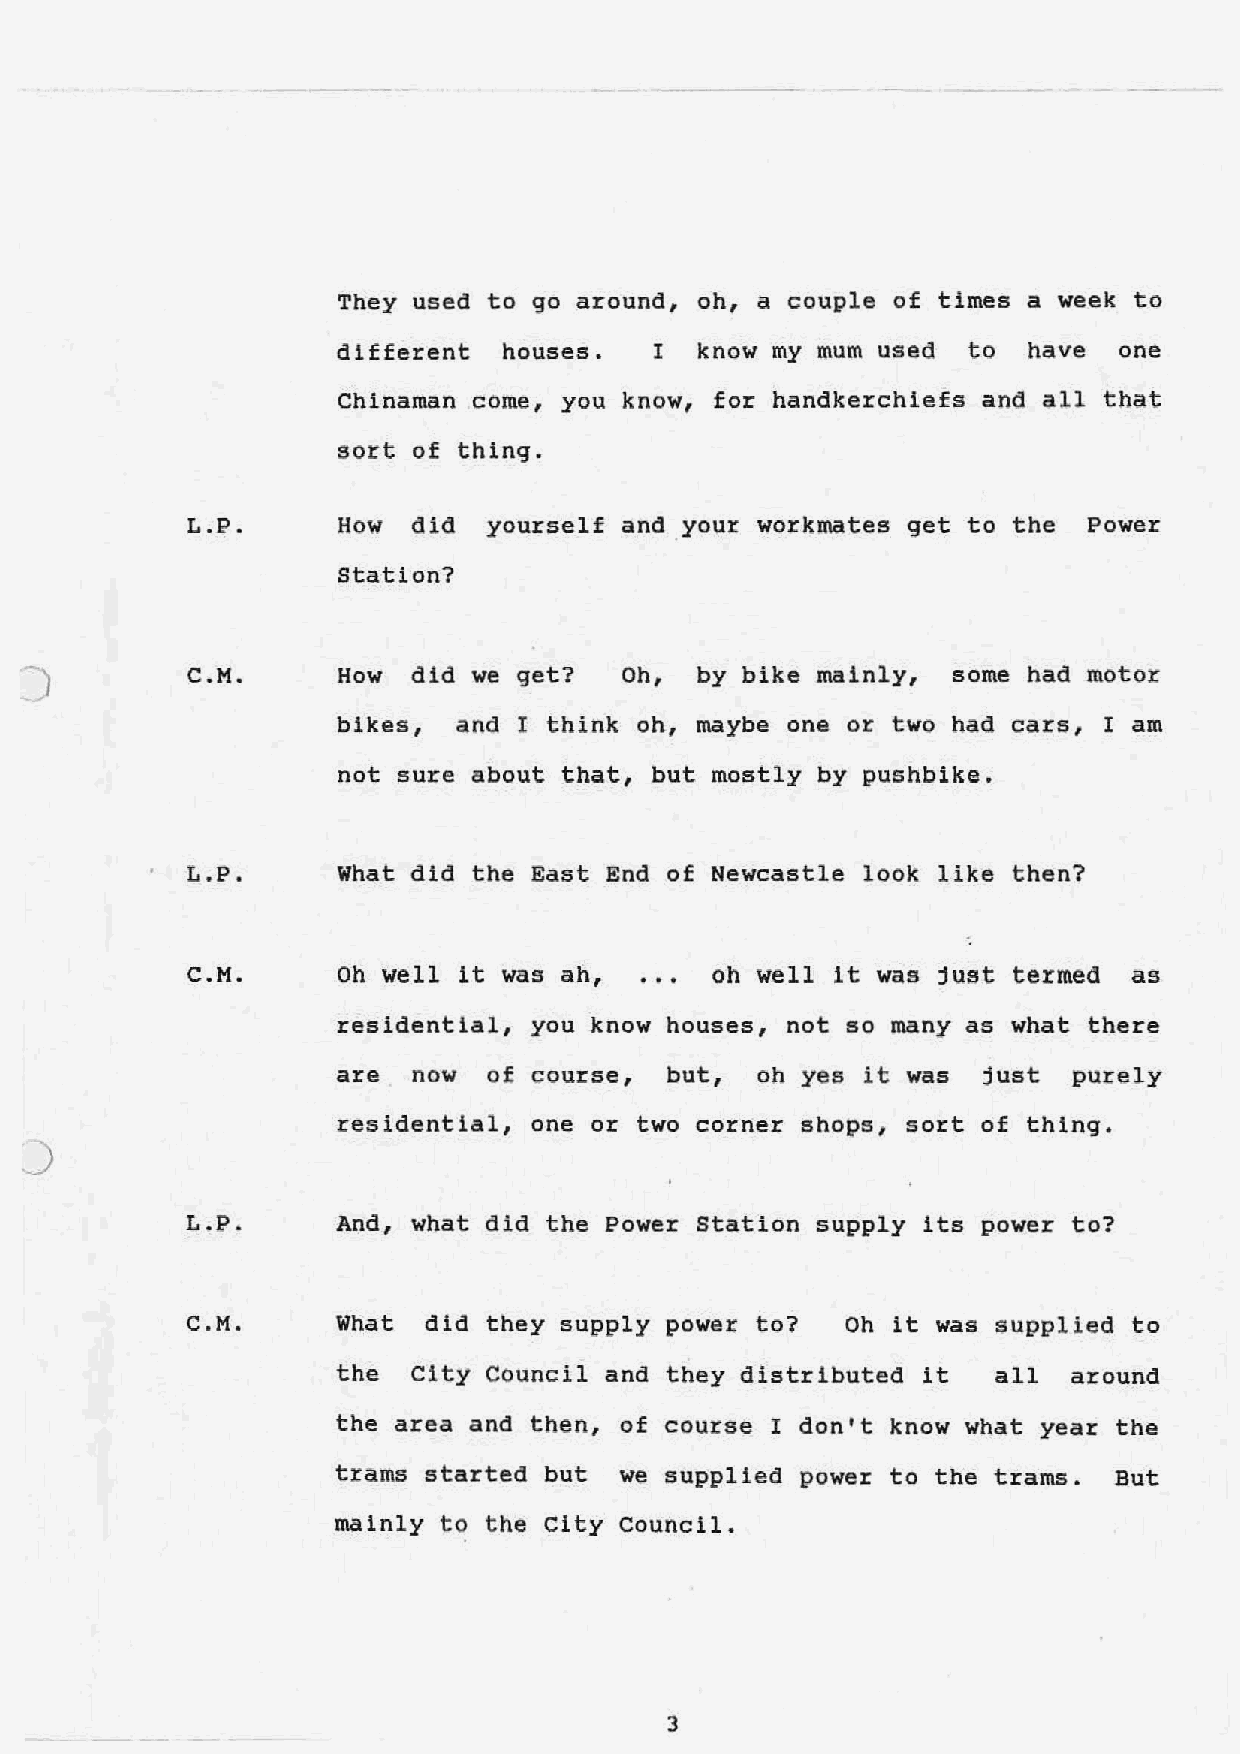
They used to go around, oh, a couple of times a week to
 different houses.   I  know my mum used  to  have  one
 Chinaman come, you know, for handkerchiefs and all that
 sort of thing.
 L.P.      How did  yourself and your workmates get to the  Power
 Station?
 C.M.      How did we get?   Oh,  by bike mainly,  some had motor
 bikes, and I think oh, maybe one or two had cars, I am
 not sure about that, but mostly by pushbike.
 L.P.      What did the East End of Newcastle look like then?
 .
 . .
 C.M.      Oh well it was ah,      oh well it was just termed  as
 residential, you know houses, not so many as what there
 are  now of course,  but,  oh yes it was  just  purely
 residential, one or two corner shops, sort of thing.
 )
 L.P.     And, what did the Power Station supply its power to?
 C.M.     What  did they ~upply power to?   Oh it was supplied to
 the  City Council and they distributed it   all  around
 the area and then, of course I don't know what year the
 trams started but  we supplied power to the trams.  But
 mainly to the City council.
 3